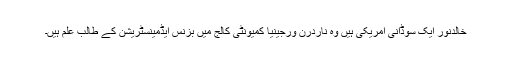
خالدنور ایک سوڈانی امریکی ہیں وہ ناردرن ورجینیا کمیونٹی کالج میں بزنس ایڈمینسٹریشن کے طالب علم ہیں۔